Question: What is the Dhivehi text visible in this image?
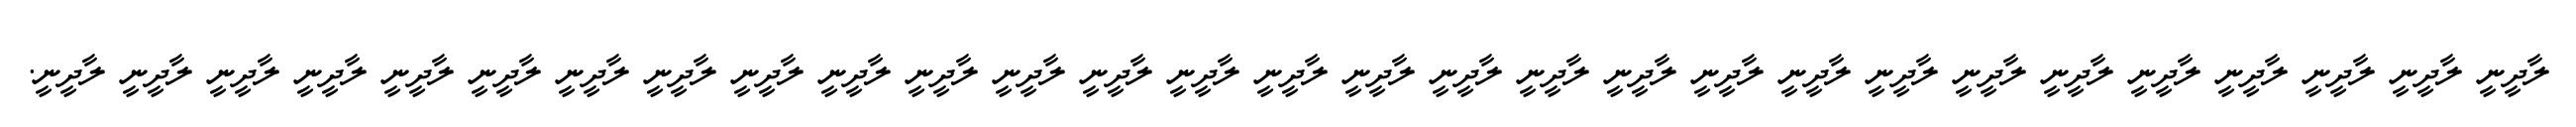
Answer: ލާދީނީ ލާދީނީ ލާދީނީ ލާދީނީ ލާދީނީ ލާދީނީ ލާދީނީ ލާދީނީ ލާދީނީ ލާދީނީ ލާދީނީ ލާދީނީ ލާދީނީ ލާދީނީ ލާދީނީ ލާދީނީ ލާދީނީ ލާދީނީ ލާދީނީ ލާދީނީ ލާދީނީ ލާދީނީ ލާދީނީ ލާދީނީ ލާދީނީ ލާދީނީ ލާދީނީ ލާދީނީ ލާދީނީ.